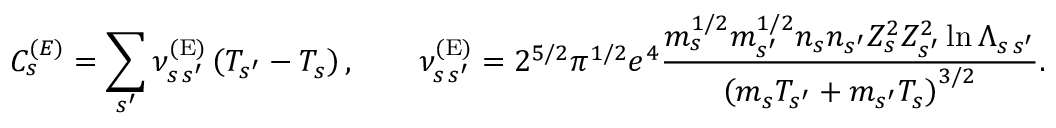
C _ { s } ^ { { ( E ) } } = \sum _ { s ^ { \prime } } \nu _ { s \, s ^ { \prime } } ^ { \mathrm { ( E ) } } \left( T _ { s ^ { \prime } } - T _ { s } \right) , \qquad \nu _ { s \, s ^ { \prime } } ^ { \mathrm { ( E ) } } = 2 ^ { 5 / 2 } \pi ^ { 1 / 2 } e ^ { 4 } \frac { m _ { s } ^ { 1 / 2 } m _ { s ^ { \prime } } ^ { 1 / 2 } n _ { s } n _ { s ^ { \prime } } Z _ { s } ^ { 2 } Z _ { s ^ { \prime } } ^ { 2 } \ln \Lambda _ { s \, s ^ { \prime } } } { \left( m _ { s } T _ { s ^ { \prime } } + m _ { s ^ { \prime } } T _ { s } \right) ^ { 3 / 2 } } .